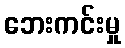
ဘေးကင်းမှု